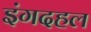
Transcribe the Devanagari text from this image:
इंगदहल